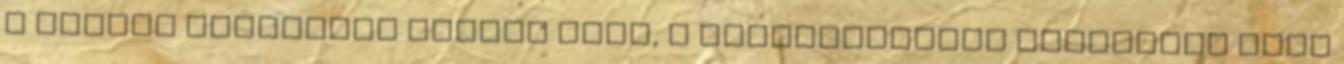
a lakott területen kívüli úton, a főútvonalként megjelölt úton